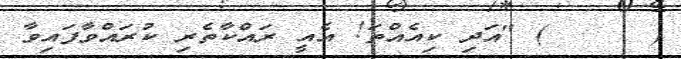
(   ٢٢ ) "އަދި ކިއެއްތަ! އެއީ ރައްކާތެރި ކުރައްވާފައިވާ